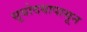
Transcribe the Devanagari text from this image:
सूयोदयापासून